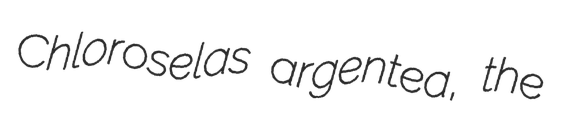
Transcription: Chloroselas argentea, the